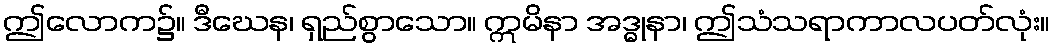
ဤလောက၌။ ဒီဃေန၊ ရှည်စွာသော။ ဣမိနာ အဒ္ဓုနာ၊ ဤသံသရာကာလပတ်လုံး။